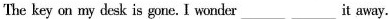
The key on my desk is gone. I wonder it away.